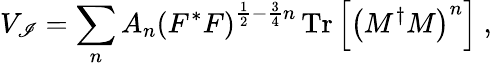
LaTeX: V_{\mathscr{I}}=\sum_{n}A_{n}\left(F^{*}F\right)^{\frac{{1}}{{2}}-\frac{{3}}{{4}}n}\, \mathrm{{Tr}}\left[\left(M^{\dagger}M\right)^{n}\right]\ ,